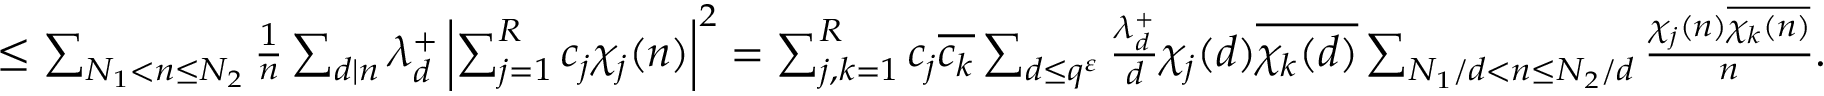
\begin{array} { r l } & { \leq \sum _ { \substack { N _ { 1 } < n \leq N _ { 2 } } } \frac { 1 } { n } \sum _ { d \mid n } \lambda _ { d } ^ { + } \left| \sum _ { j = 1 } ^ { R } c _ { j } \chi _ { j } ( n ) \right| ^ { 2 } = \sum _ { j , k = 1 } ^ { R } c _ { j } \overline { { c _ { k } } } \sum _ { d \leq q ^ { \varepsilon } } \frac { \lambda _ { d } ^ { + } } { d } \chi _ { j } ( d ) \overline { { \chi _ { k } ( d ) } } \sum _ { \substack { N _ { 1 } / d < n \leq N _ { 2 } / d } } \frac { \chi _ { j } ( n ) \overline { { \chi _ { k } ( n ) } } } { n } . } \end{array}